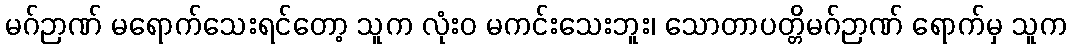
မဂ်ဉာဏ် မရောက်သေးရင်တော့ သူက လုံးဝ မကင်းသေးဘူး၊ သောတာပတ္တိမဂ်ဉာဏ် ရောက်မှ သူက